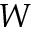
W